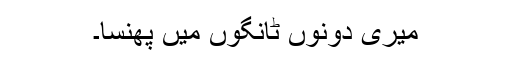
میری دونوں ٹانگوں میں پھنسا۔